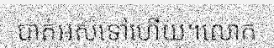
បាត់អស់ទៅហើយ។លោក